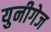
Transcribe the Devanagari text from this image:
युनीगेज